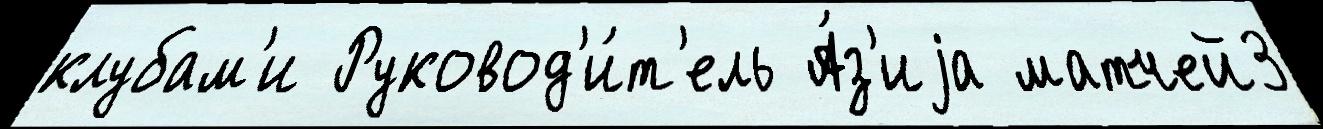
клубам'и Руковод'и́т'ель А́з'иjа матчей3